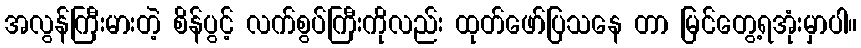
အလွန်ကြီးမားတဲ့ စိန်ပွင့် လက်စွပ်ကြီးကိုလည်း ထုတ်ဖော်ပြသနေ တာ မြင်တွေ့ရအုံးမှာပါ။